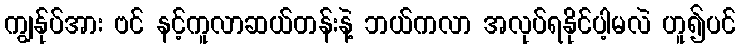
ကျွန်ုပ်အား ဗင် နင့်ကူလာဆယ်တန်းနဲ့ ဘယ်ကလာ အလုပ်ရနိုင်ပါ့မလဲ ဟူ၍ပင်